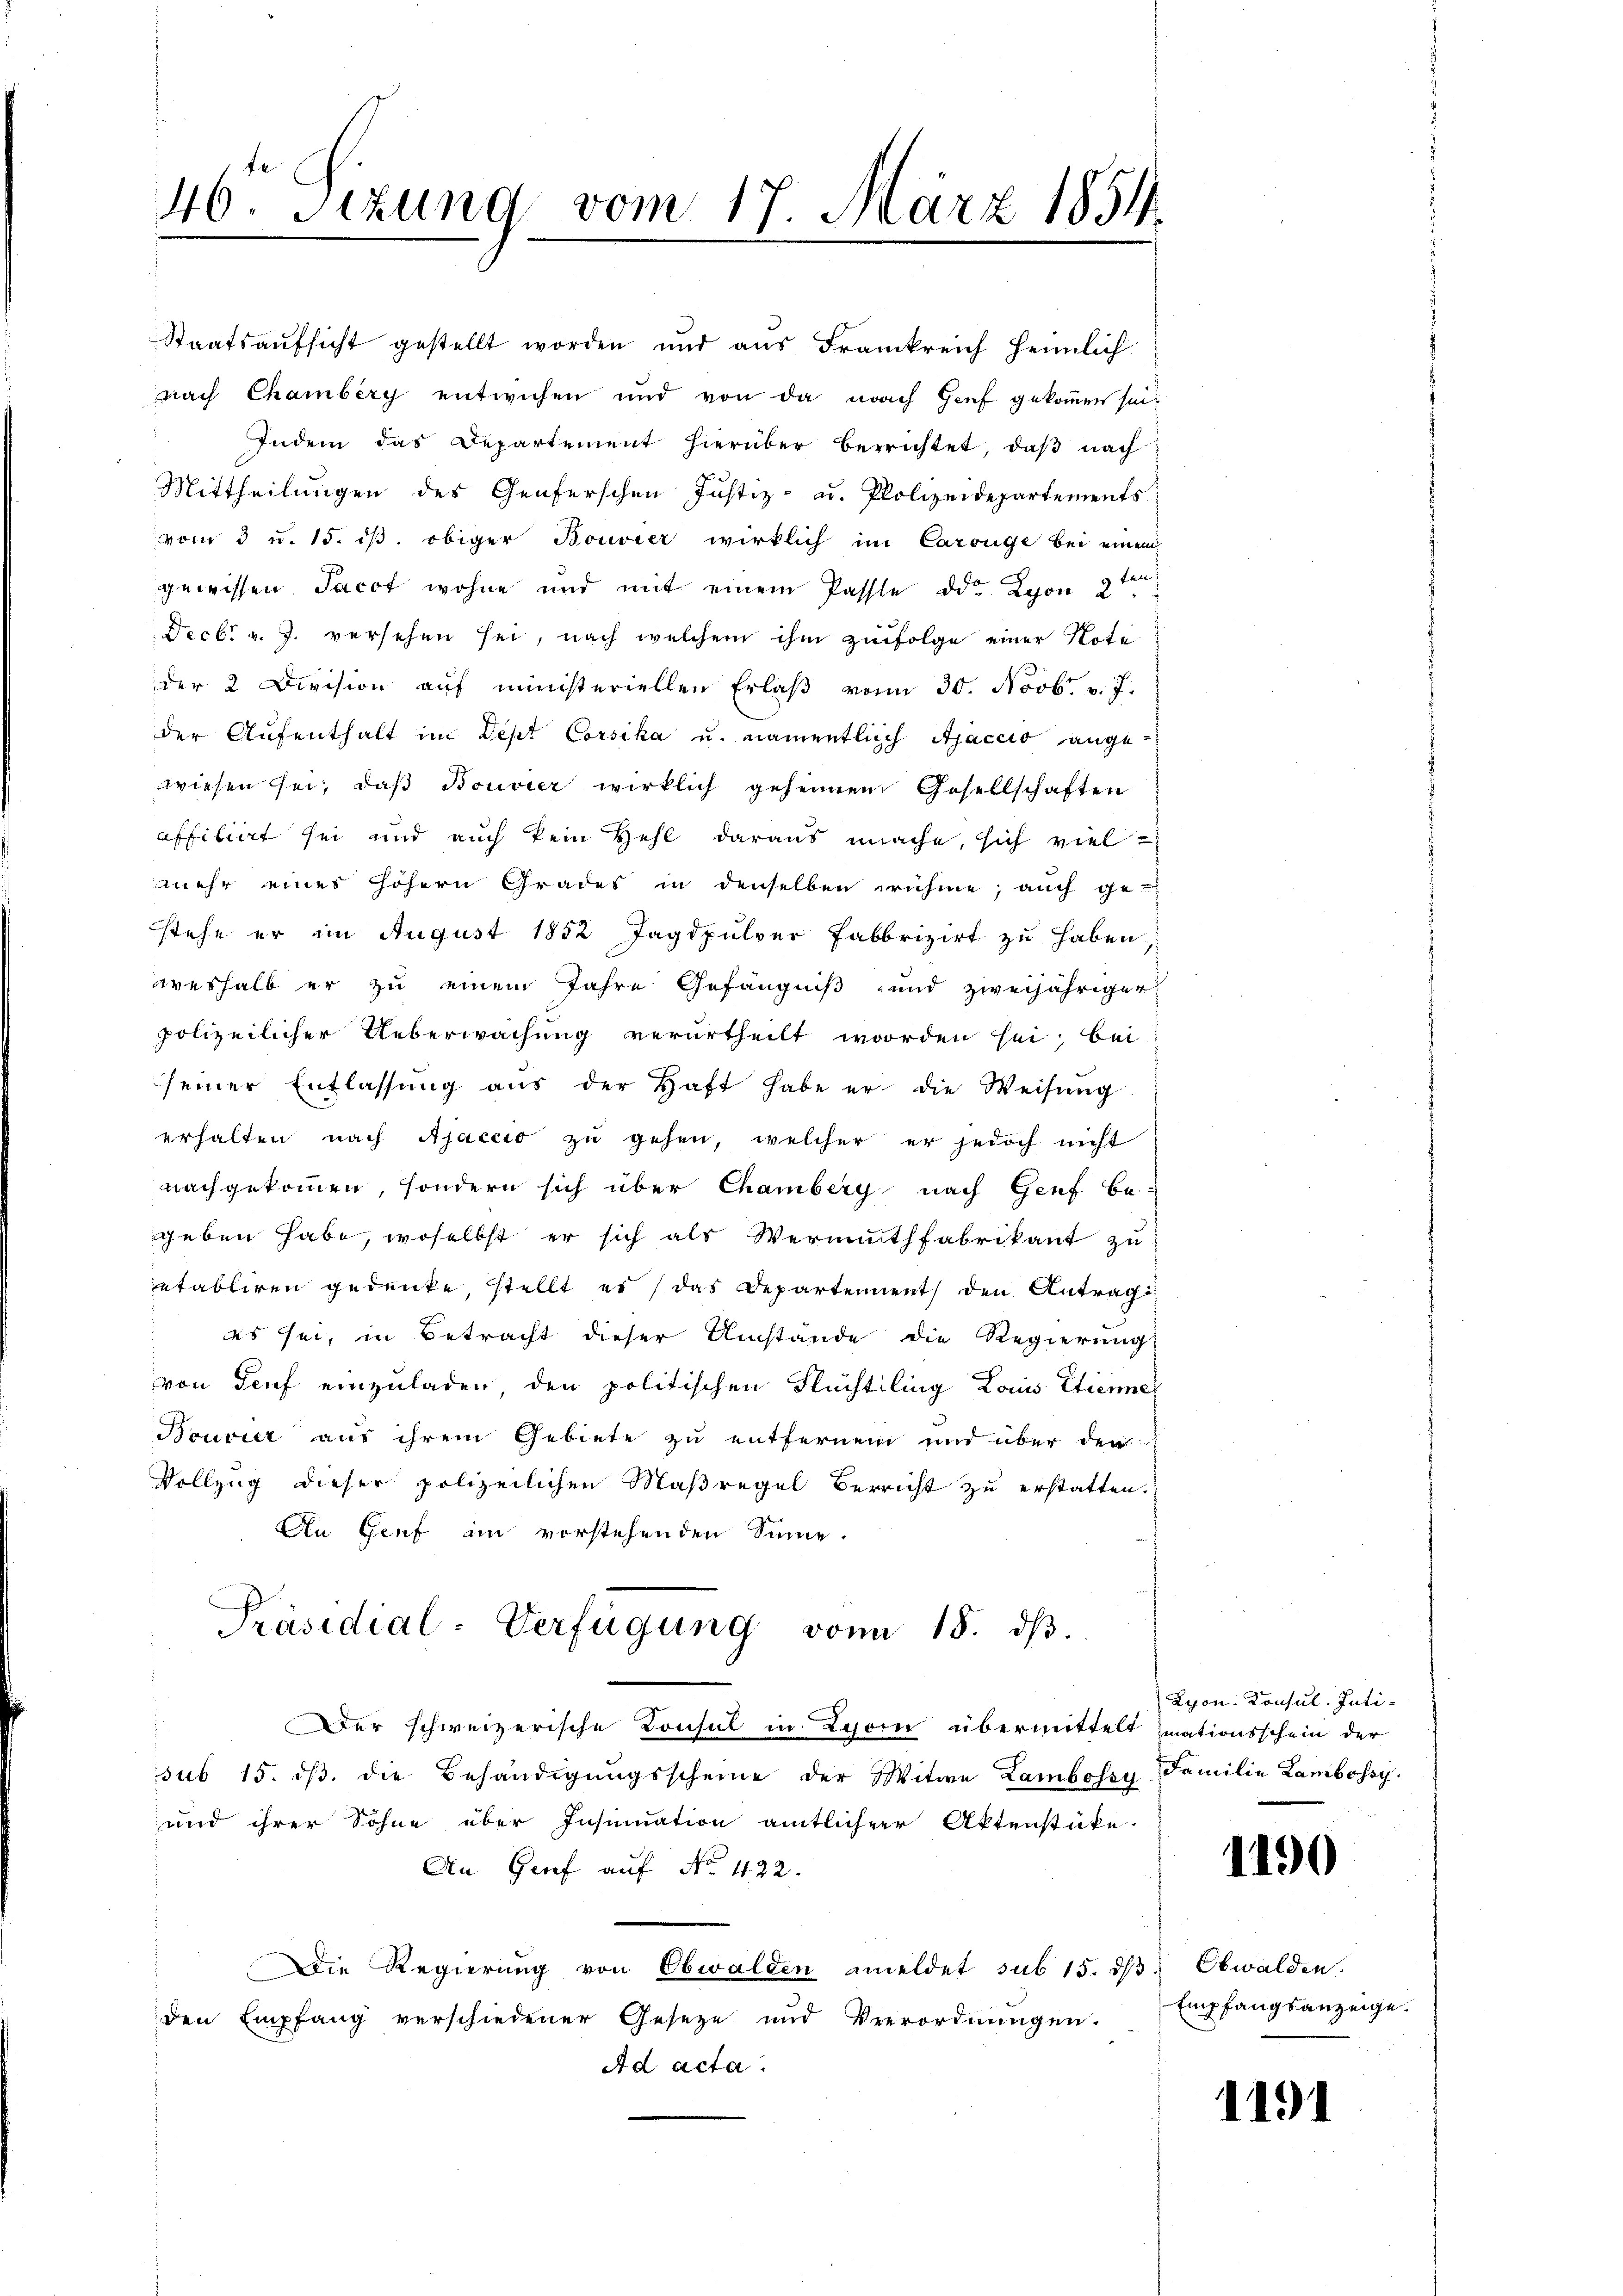
46 Sizung vom 17. März 1854.

Staatsaufsicht gestellt worden und aus Frankreich heimlich
nach Chambery entwichen und von da nach Genf gekommen sein.
Indem das Departement hierüber berrichtet, daβ nach
Mittheilungen des Genferschen Justiz- u. Polizeidepartements
vom 3 u. 15. dβ. obiger Bouvier wirklich im Carouge bei einem
gewissen. Jacot wohne und mit einem Passte die Schon 2 ten
Decbr v. J. versehen sei, nach welchem ihm zufolge einer Note
der 2 Devision auf ministeriellen Erlaβ vom 30. Novbr. v. J.
der Aufenthalt im Dept Corsika u. namentlich Ajaccio angewiesen sei, daß Bouvier wirklich geheimen Gesellschaften
affiliirt sei und auch kein Hehl daraus mache, sich viel
mehr eines höhern Grades in denselben nähme, auch ge-
stehe er im August 1852 Jagdpulver Fabbrizirt zu haben.
weshalb er zu einem Jahre Gefängniß und zweijähriger
polizeilicher Ueberwachung verurtheilt worden sei; bei
seiner Entlassŭng aŭs der Haft habe er die Weisŭng
erhalten nach Ajaccio zu gehen, welcher er jedoch nicht
nachgekommen, sondern sich über Chamberg nach Genf be-
geben habe, woselbst er sich als Vermuthfabrikant zu
etabliren gedenke, stellt es das Departement den Antrag
es sei, in Betracht dieser Umstände die Regierung
von Teuf einzuladen, den politischen Flüchtling Louis Etienne
Bouvier aus ihrem Gebiete zu entfernem und über den
Vollzug dieser polizeilichen Maßregel Berricht zu erstatten.
An Genf an vorstehenden Sinne.
Präsidial-Verfügung von 18. dβ.
Der schweizerische Konsul in Lyorn übermittelt mationsschein der
sub 15. dß die Behändigungsscheine der Witwe Zambossy
und ihrer Sohne über Insinuation amtlicher Aktenstüke
An Genf auf No 422.
Die Regierung von Obwalden emeldet sub 15. dβ. Obwalden.
den Empfang verschiedener Geseze und Verordnungen.
Ad acta.

Lyon, Konsul-Inti¬
Familie Lambossy.

1190

Empfangsanzeige.

1191